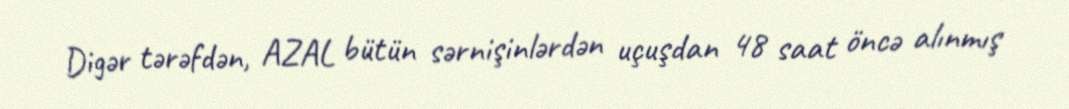
Digər tərəfdən, AZAL bütün sərnişinlərdən uçuşdan 48 saat öncə alınmış